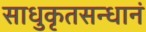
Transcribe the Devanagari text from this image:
साधुकृतसन्धानं